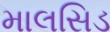
માલસિડ